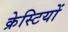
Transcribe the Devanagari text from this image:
क्रेस्टियों